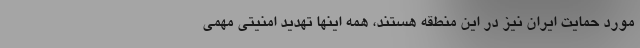
مورد حمایت ایران نیز در این منطقه هستند، همه اینها تهدید امنیتی مهمی